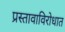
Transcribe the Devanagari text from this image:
प्रस्तावाविरोधात